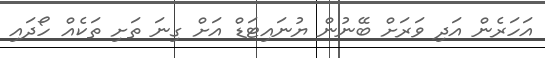
އަހަރެން އަދި ވަރަށް ބޭނުން ޔުނައިޓަޑް އަށް ގިނަ ތަށި ތަކެއް ހޯދައި